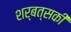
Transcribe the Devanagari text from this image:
शर्बत्सकी